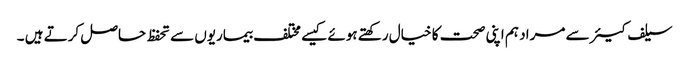
سیلف کیئر سے مراد ہم اپنی صحت کا خیال رکھتے ہوئے کیسے مختلف بیماریوں سے تحفظ حاصل کرتے ہیں ۔